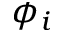
\phi _ { i }